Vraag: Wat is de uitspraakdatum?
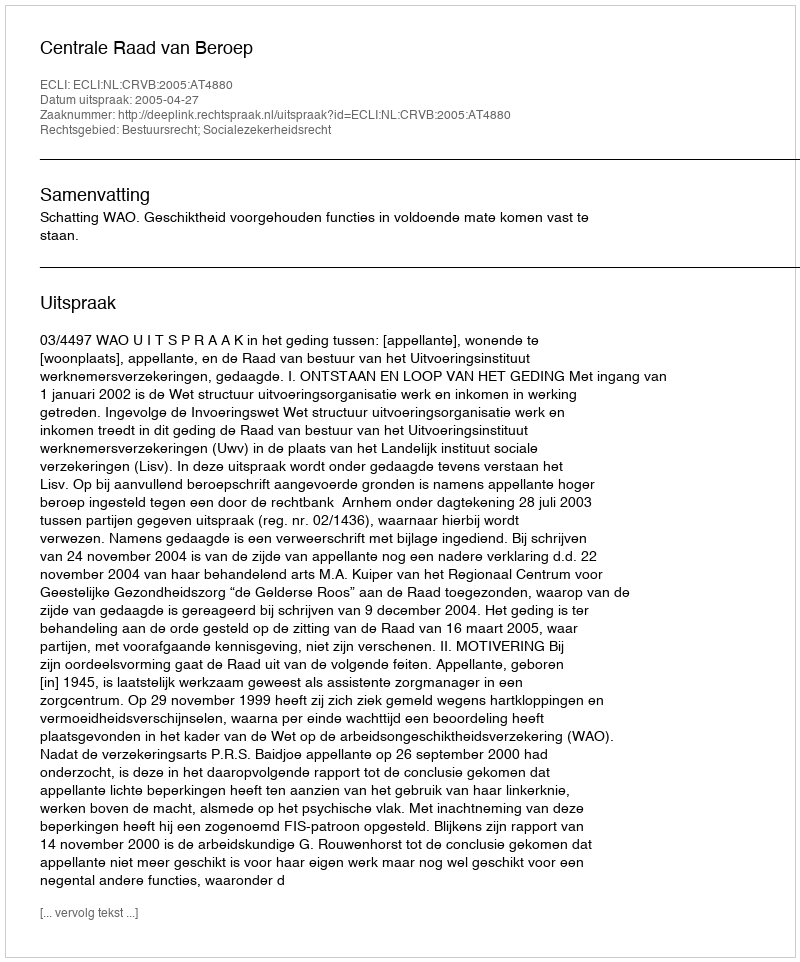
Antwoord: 2005-04-27